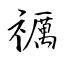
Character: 禲